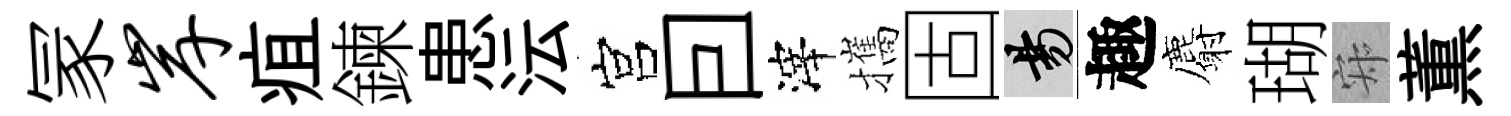
冡岸疽鍊患沄宫囙滓攜固昜趣麝瑚寂薫